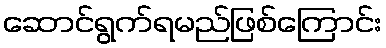
ဆောင်ရွက်ရမည်ဖြစ်ကြောင်း